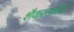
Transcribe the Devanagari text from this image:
शैकल्फ़ोर्ड